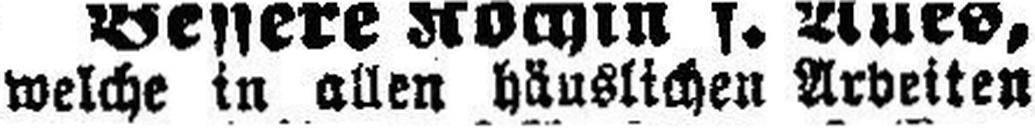
welche in allen häuslichen Arbeiten